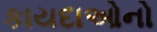
કાયદાઓનો